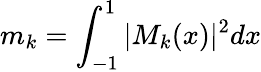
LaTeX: m_{k}=\int_{-1}^{1}|M_{k}(x)|^{2}dx